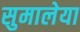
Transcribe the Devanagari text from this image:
सुमालेया